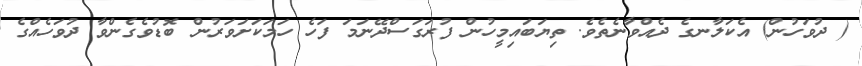
( ދުވަހުން) އެކަލާނގެ ދެއްވާނެތެވެ. ތިޔަބައިމީހުން ފުރަގަސްދޭނަމަ ފަހެ ހަމަކަށަވަރުން ބޮޑުވެގެންވާ ދުވަހެއްގެ